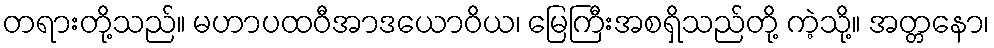
တရားတို့သည်။ မဟာပထဝီအာဒယောဝိယ၊ မြေကြီးအစရှိသည်တို့ ကဲ့သို့။ အတ္တနော၊